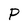
Character: P